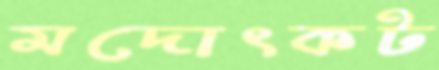
মদোৎকট